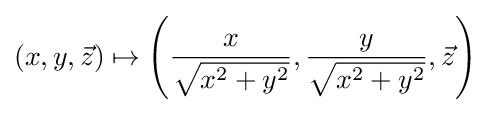
(x,y,{\vec {z}})\mapsto \left({\frac {x}{\sqrt {x^{2}+y^{2}}}},{\frac {y}{\sqrt {x^{2}+y^{2}}}},{\vec {z}}\right)